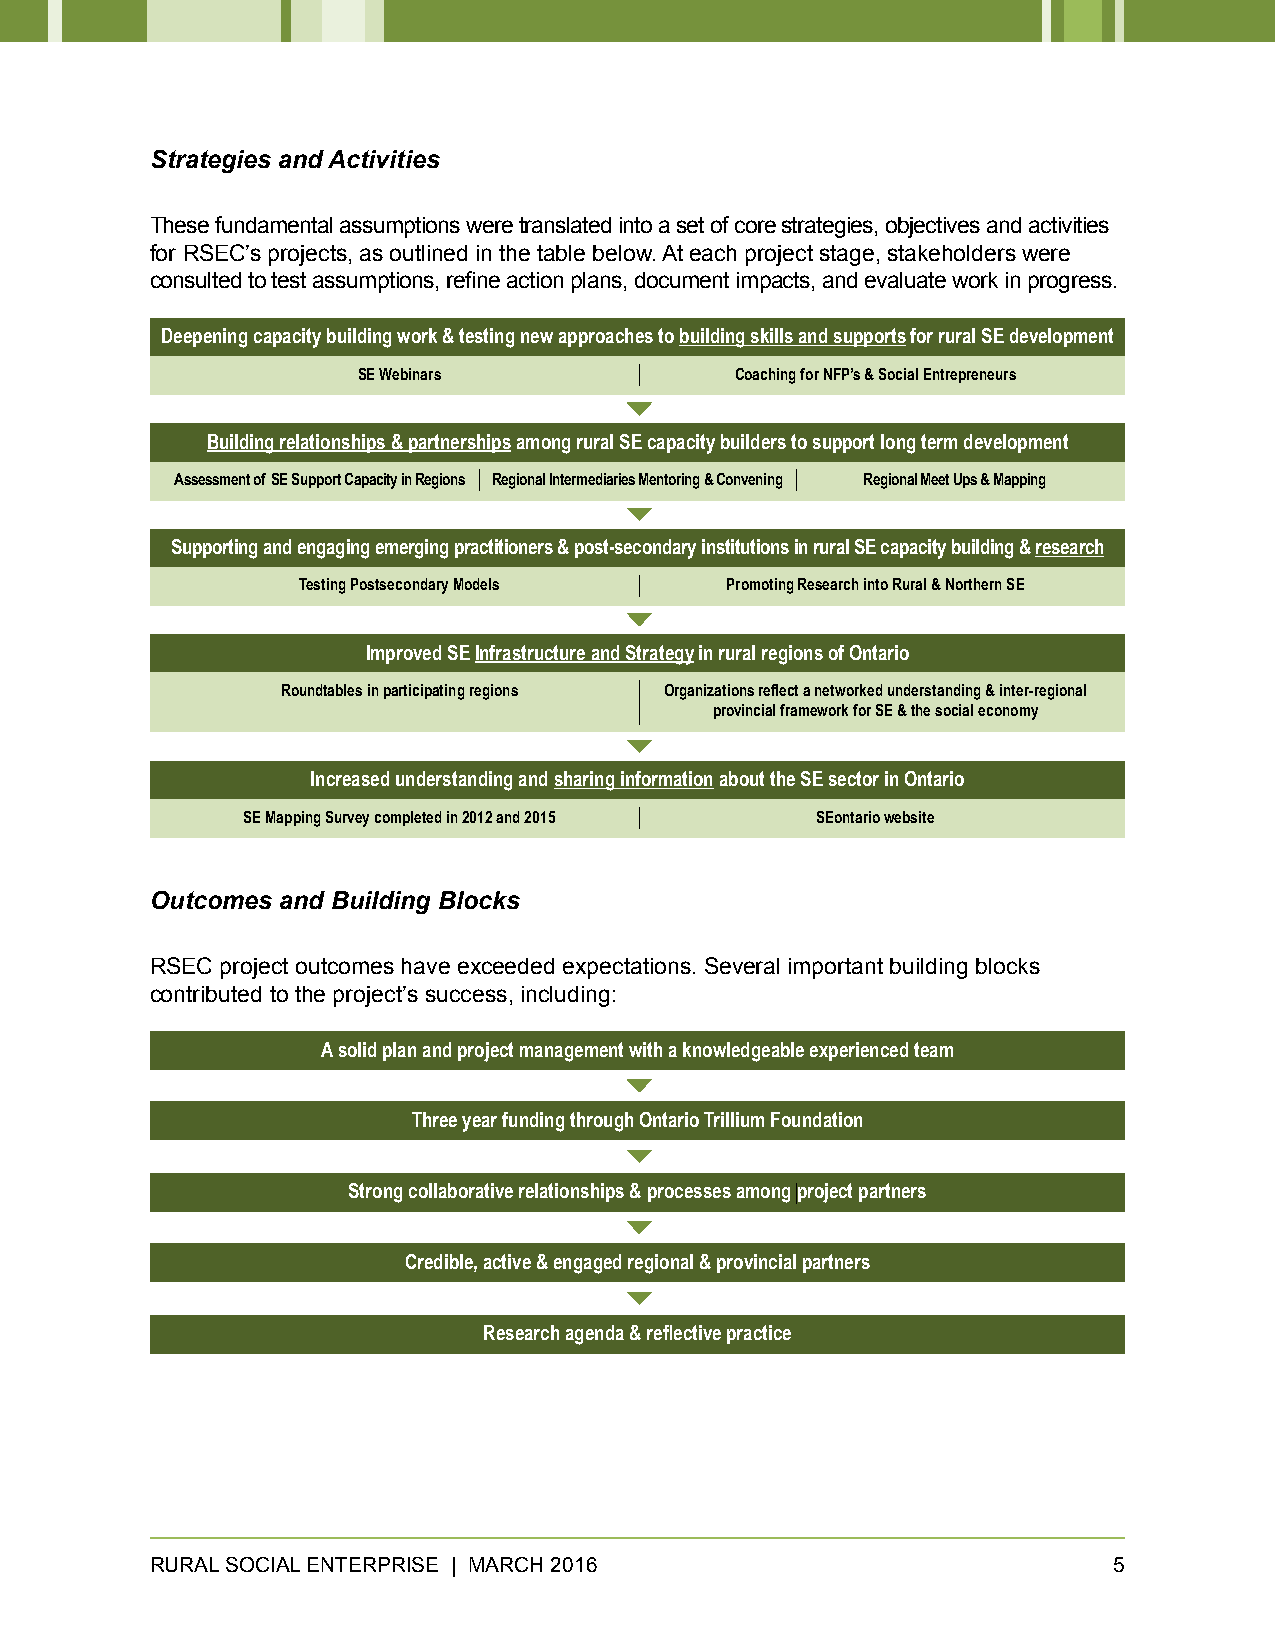
Strategies and Activities
 These fundamental assumptions were translated into a set of core strategies, objectives and activities
 for RSEC’s projects, as outlined in the table below. At each project stage, stakeholders were
 consulted to test assumptions, refine action plans, document impacts, and evaluate work in progress.
 Deepening capacity building work & testing new approaches to building skills and supports for rural SE development
 SE Webinars              Coaching for NFP’s & Social Entrepreneurs
 Building relationships & partnerships among rural SE capacity builders to support long term development
 Assessment of SE Support Capacity in Regions Regional Intermediaries Mentoring & Convening Regional Meet Ups & Mapping
 Supporting and engaging emerging practitioners & post-secondary institutions in rural SE capacity building & research
 Testing Postsecondary Models Promoting Research into Rural & Northern SE
 Improved SE Infrastructure and Strategy in rural regions of Ontario
 Roundtables in participating regions Organizations reflect a networked understanding & inter-regional
 provincial framework for SE & the social economy
 Increased understanding and sharing information about the SE sector in Ontario
 SE Mapping Survey completed in 2012 and 2015 SEontario website
 Outcomes and Building Blocks
 RSEC project outcomes have exceeded expectations. Several important building blocks
 contributed to the project’s success, including:
 A solid plan and project management with a knowledgeable experienced team
 Three year funding through Ontario Trillium Foundation
 Strong collaborative relationships & processes among project partners
 Credible, active & engaged regional & provincial partners
 Research agenda & reflective practice
 RURAL SOCIAL ENTERPRISE | MARCH 2016                            5